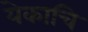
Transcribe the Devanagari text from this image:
येकाचि